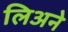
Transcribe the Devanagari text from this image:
लिअने